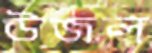
উজল